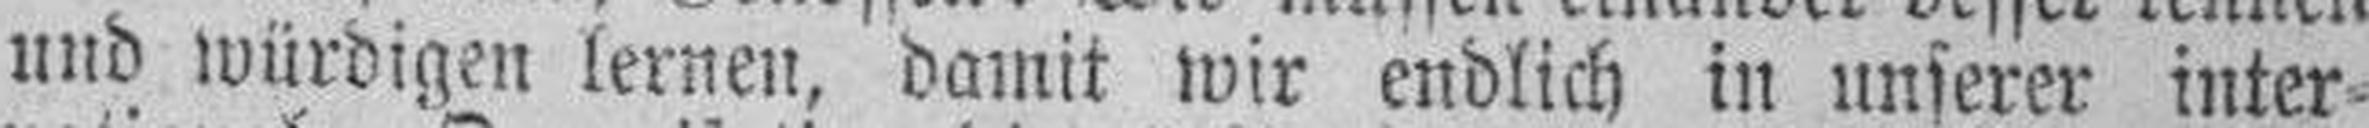
und würdigen lernen, damit wir endlich in unserer inter¬